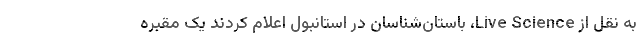
به نقل از Live Science، باستان‌شناسان در استانبول اعلام کردند یک مقبره